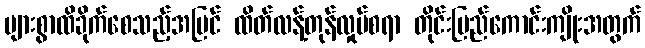
များစွာထိခိုက်စေသည့်အပြင် ထိတ်လန့်တုန်လှုပ်စရာ တိုင်းပြည်ကောင်းကျိုးအတွက်